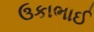
ઉકાભાઈ